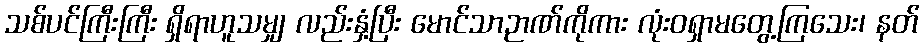
သစ်ပင်ကြီးကြီး ရှိရာဟူသမျှ လည်းနှံ့ပြီး မောင်သာဉာဏ်ကိုကား လုံးဝရှာမတွေ့ကြသေး၊ နတ်